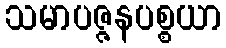
သမာပဇ္ဇနပစ္စယာ